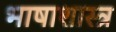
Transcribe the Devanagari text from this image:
भाषाशास्‍त्र